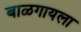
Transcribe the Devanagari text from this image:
बाळगायला